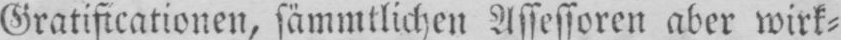
Gratificationen, sämmtlichen Assessoren aber wirk⸗